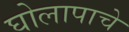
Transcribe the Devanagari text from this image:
घोलापाचे